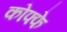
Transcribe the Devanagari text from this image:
कोफ्फे